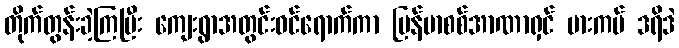
တိုက်တွန်းခဲ့ကြပြီး ကျေးရွာအတွင်းဝင်ရောက်ကာ မြန်မာစစ်အာဏာရှင် မားကပ် ဒရိဒဲ